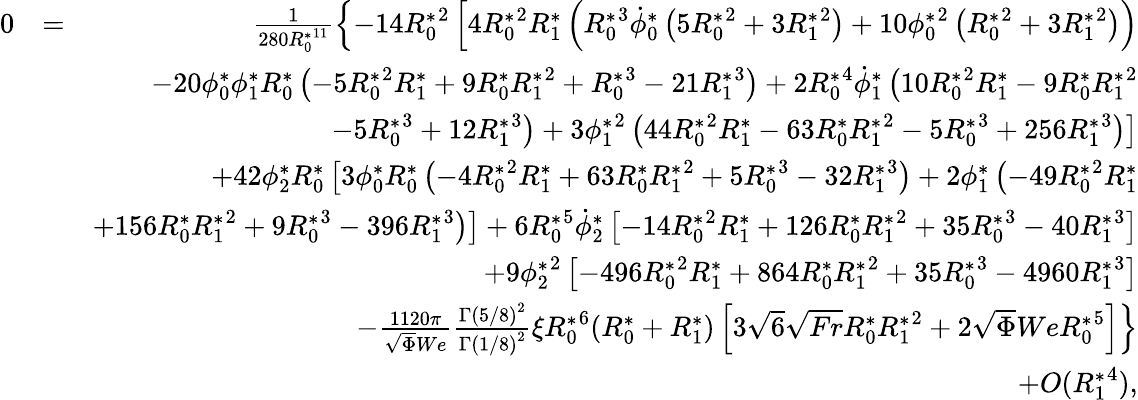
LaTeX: \begin{array}{rlr}{0}&{=}&{\frac{1}{280{R_{0}^{*}}^{11}}\left\{ -14{R_{0}^{*}}^{2}\left[4{R_{0}^{*}}^{2}{R_{1}^{*}}\left({R_{0}^{*}}^{3}\dot{\phi}_{0}^{*}\left(5{R_{0}^{*}}^{2}+3{R_{1}^{*}}^{2}\right)+10{\phi_{0}^{*}}^{2}\left({R_{0}^{*}}^{2}+3{R_{1}^{*}}^{2}\right)\right)\right.\right.}\\ &{}&{\left.\left.-20{\phi_{0}^{*}}{\phi_{1}^{*}}{R_{0}^{*}}\left(-5{R_{0}^{*}}^{2}{R_{1}^{*}}+9{R_{0}^{*}}{R_{1}^{*}}^{2}+{R_{0}^{*}}^{3}-21{R_{1}^{*}}^{3}\right)+2{R_{0}^{*}}^{4}\dot{\phi}_{1}^{*}\left(10{R_{0}^{*}}^{2}{R_{1}^{*}}-9{R_{0}^{*}}{R_{1}^{*}}^{2}\right.\right.\right.}\\ &{}&{\left.\left.\left.-5{R_{0}^{*}}^{3}+12{R_{1}^{*}}^{3}\right)+3{\phi_{1}^{*}}^{2}\left(44{R_{0}^{*}}^{2}{R_{1}^{*}}-63{R_{0}^{*}}{R_{1}^{*}}^{2}-5{R_{0}^{*}}^{3}+256{R_{1}^{*}}^{3}\right)\right]\right.}\\ &{}&{\left.+42{\phi_{2}^{*}}{R_{0}^{*}}\left[3{\phi_{0}^{*}}{R_{0}^{*}}\left(-4{R_{0}^{*}}^{2}{R_{1}^{*}}+63{R_{0}^{*}}{R_{1}^{*}}^{2}+5{R_{0}^{*}}^{3}-32{R_{1}^{*}}^{3}\right)+2{\phi_{1}^{*}}\left(-49{R_{0}^{*}}^{2}{R_{1}^{*}}\right.\right.\right.}\\ &{}&{\left.\left.\left.+156{R_{0}^{*}}{R_{1}^{*}}^{2}+9{R_{0}^{*}}^{3}-396{R_{1}^{*}}^{3}\right)\right]+6{R_{0}^{*}}^{5}\dot{\phi}_{2}^{*}\left[-14{R_{0}^{*}}^{2}{R_{1}^{*}}+126{R_{0}^{*}}{R_{1}^{*}}^{2}+35{R_{0}^{*}}^{3}-40{R_{1}^{*}}^{3}\right]\right.}\\ &{}&{\left.+9{\phi_{2}^{*}}^{2}\left[-496{R_{0}^{*}}^{2}{R_{1}^{*}}+864{R_{0}^{*}}{R_{1}^{*}}^{2}+35{R_{0}^{*}}^{3}-4960{R_{1}^{*}}^{3}\right]\right.}\\ &{}&{\left.-\frac{1120\pi}{\sqrt{\Phi}We}\frac{\Gamma\left(5/8\right)^{2}}{\Gamma\left(1/8\right)^{2}}\xi{R_{0}^{*}}^{6}({R_{0}^{*}}+{R_{1}^{*}})\left[3\sqrt{6}\sqrt{Fr}{R_{0}^{*}}{R_{1}^{*}}^{2}+2\sqrt{\Phi}We{R_{0}^{*}}^{5}\right]\right\} }\\ &{}&{+O({R_{1}^{*}}^{4}),}\end{array}